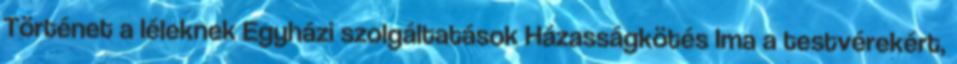
Történet a léleknek Egyházi szolgáltatások Házasságkötés Ima a testvérekért,